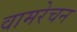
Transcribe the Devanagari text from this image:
वामरेचन